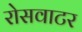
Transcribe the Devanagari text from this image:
रोसवाटर